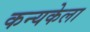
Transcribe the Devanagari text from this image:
कन्यकेला